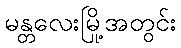
မန္တလေးမြို့အတွင်း